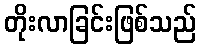
တိုးလာခြင်းဖြစ်သည်